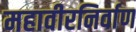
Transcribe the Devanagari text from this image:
महावीरनिर्वाण